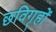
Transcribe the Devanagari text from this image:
छविगृहों